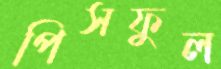
পিসফুল